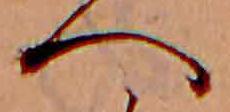
へ